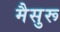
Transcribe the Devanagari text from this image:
मैसुरू